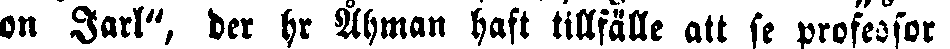
on Jarl", der hr Åhman haft tillfälle att se professor